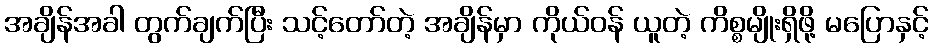
အချိန်အခါ တွက်ချက်ပြီး သင့်တော်တဲ့ အချိန်မှာ ကိုယ်ဝန် ယူတဲ့ ကိစ္စမျိုးရှိဖို့ မပြောနှင့်